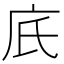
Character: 㡳